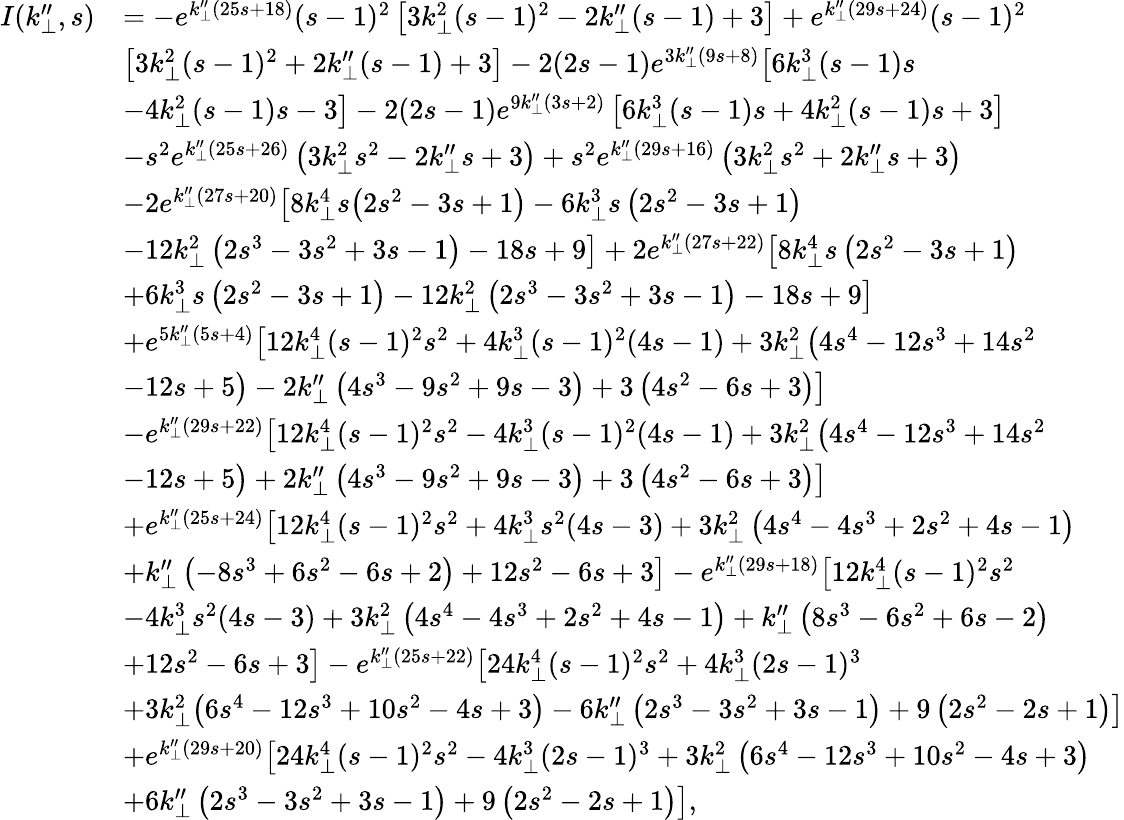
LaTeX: \begin{array}{rl}{I(k_{\perp}^{\prime\prime},s)}&{=-e^{k_{\perp}^{\prime\prime}(25s+18)}(s-1)^{2}\left[3k_{\perp}^{2}(s-1)^{2}-2k_{\perp}^{\prime\prime}(s-1)+3\right]+e^{k_{\perp}^{\prime\prime}(29s+24)}(s-1)^{2}}\\ &{\big[3k_{\perp}^{2}(s-1)^{2}+2k_{\perp}^{\prime\prime}(s-1)+3\big]-2(2s-1)e^{3k_{\perp}^{\prime\prime}(9s+8)}\big[6k_{\perp}^{3}(s-1)s}\\ &{-4k_{\perp}^{2}(s-1)s-3\big]-2(2s-1)e^{9k_{\perp}^{\prime\prime}(3s+2)}\left[6k_{\perp}^{3}(s-1)s+4k_{\perp}^{2}(s-1)s+3\right]}\\ &{-s^{2}e^{k_{\perp}^{\prime\prime}(25s+26)}\left(3k_{\perp}^{2}s^{2}-2k_{\perp}^{\prime\prime}s+3\right)+s^{2}e^{k_{\perp}^{\prime\prime}(29s+16)}\left(3k_{\perp}^{2}s^{2}+2k_{\perp}^{\prime\prime}s+3\right)}\\ &{-2e^{k_{\perp}^{\prime\prime}(27s+20)}\big[8k_{\perp}^{4}s\big(2s^{2}-3s+1\big)-6k_{\perp}^{3}s\left(2s^{2}-3s+1\right)}\\ &{-12k_{\perp}^{2}\left(2s^{3}-3s^{2}+3s-1\right)-18s+9\big]+2e^{k_{\perp}^{\prime\prime}(27s+22)}\big[8k_{\perp}^{4}s\left(2s^{2}-3s+1\right)}\\ &{+6k_{\perp}^{3}s\left(2s^{2}-3s+1\right)-12k_{\perp}^{2}\left(2s^{3}-3s^{2}+3s-1\right)-18s+9\big]}\\ &{+e^{5k_{\perp}^{\prime\prime}(5s+4)}\big[12k_{\perp}^{4}(s-1)^{2}s^{2}+4k_{\perp}^{3}(s-1)^{2}(4s-1)+3k_{\perp}^{2}\big(4s^{4}-12s^{3}+14s^{2}}\\ &{-12s+5\big)-2k_{\perp}^{\prime\prime}\left(4s^{3}-9s^{2}+9s-3\right)+3\left(4s^{2}-6s+3\right)\big]}\\ &{-e^{k_{\perp}^{\prime\prime}(29s+22)}\big[12k_{\perp}^{4}(s-1)^{2}s^{2}-4k_{\perp}^{3}(s-1)^{2}(4s-1)+3k_{\perp}^{2}\big(4s^{4}-12s^{3}+14s^{2}}\\ &{-12s+5\big)+2k_{\perp}^{\prime\prime}\left(4s^{3}-9s^{2}+9s-3\right)+3\left(4s^{2}-6s+3\right)\big]}\\ &{+e^{k_{\perp}^{\prime\prime}(25s+24)}\big[12k_{\perp}^{4}(s-1)^{2}s^{2}+4k_{\perp}^{3}s^{2}(4s-3)+3k_{\perp}^{2}\left(4s^{4}-4s^{3}+2s^{2}+4s-1\right)}\\ &{+k_{\perp}^{\prime\prime}\left(-8s^{3}+6s^{2}-6s+2\right)+12s^{2}-6s+3\big]-e^{k_{\perp}^{\prime\prime}(29s+18)}\big[12k_{\perp}^{4}(s-1)^{2}s^{2}}\\ &{-4k_{\perp}^{3}s^{2}(4s-3)+3k_{\perp}^{2}\left(4s^{4}-4s^{3}+2s^{2}+4s-1\right)+k_{\perp}^{\prime\prime}\left(8s^{3}-6s^{2}+6s-2\right)}\\ &{+12s^{2}-6s+3\big]-e^{k_{\perp}^{\prime\prime}(25s+22)}\big[24k_{\perp}^{4}(s-1)^{2}s^{2}+4k_{\perp}^{3}(2s-1)^{3}}\\ &{+3k_{\perp}^{2}\big(6s^{4}-12s^{3}+10s^{2}-4s+3\big)-6k_{\perp}^{\prime\prime}\left(2s^{3}-3s^{2}+3s-1\right)+9\left(2s^{2}-2s+1\right)\big]}\\ &{+e^{k_{\perp}^{\prime\prime}(29s+20)}\big[24k_{\perp}^{4}(s-1)^{2}s^{2}-4k_{\perp}^{3}(2s-1)^{3}+3k_{\perp}^{2}\left(6s^{4}-12s^{3}+10s^{2}-4s+3\right)}\\ &{+6k_{\perp}^{\prime\prime}\left(2s^{3}-3s^{2}+3s-1\right)+9\left(2s^{2}-2s+1\right)\big],}\end{array}